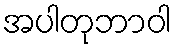
အပါတုဘာဝါ